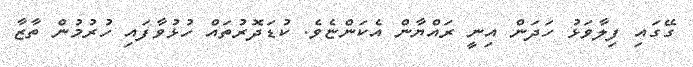
ގޭގައި ފިލާވަޅު ހަދަން އިނީ ރައްޔާން އެކަންޏެވެ. ކުޑަދޮރުތައް ހުޅުވާފައި ހުރުމުން ތާޒާ